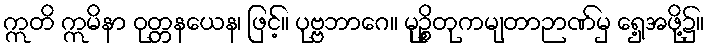
ဣတိ ဣမိနာ ဝုတ္တနယေန၊ ဖြင့်။ ပုဗ္ဗဘာဂေ။ မုဉ္စိတုကမျတာဉာဏ်မှ ရှေ့အဖို့၌။